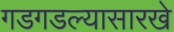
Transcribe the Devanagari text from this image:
गडगडल्यासारखे